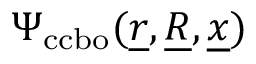
\Psi _ { \mathrm { c c b o } } ( \underline { { r } } , \underline { { R } } , \underline { { x } } )